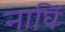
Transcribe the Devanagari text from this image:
नाघिं